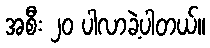
အစီး ၂၀ ပါလာခဲ့ပါတယ်။